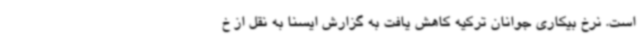
است. نرخ بیکاری جوانان ترکیه کاهش یافت به گزارش ایسنا به نقل از خ